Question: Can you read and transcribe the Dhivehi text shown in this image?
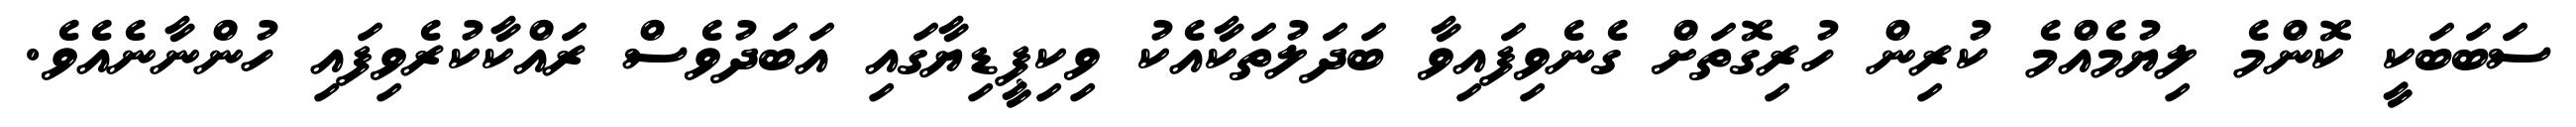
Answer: ސަބަބަކީ ކޮންމެ ލިޔުމެއްމެ ކުރިން ހުރިގޮތަށް ގެނެވިފައިވާ ބަދަލުތަކާއެކު ވިކިޕީޑިޔާގައި އަބަދުވެސް ރައްކާކުރެވިފައި ހުންނާނެއެވެ.